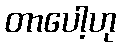
တာပေါ့ဟု